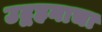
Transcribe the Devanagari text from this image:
उद्वहनाचा